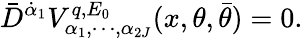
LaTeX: \bar{D}^{\dot{\alpha}_{1}}V_{\alpha_{1},\cdots,\alpha_{2J}}^{q,E_{0}}(x,\theta,\bar{\theta})=0.